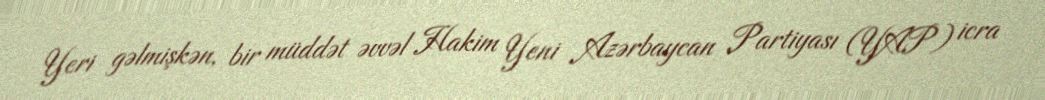
Yeri gəlmişkən, bir müddət əvvəl Hakim Yeni Azərbaycan Partiyası (YAP) icra